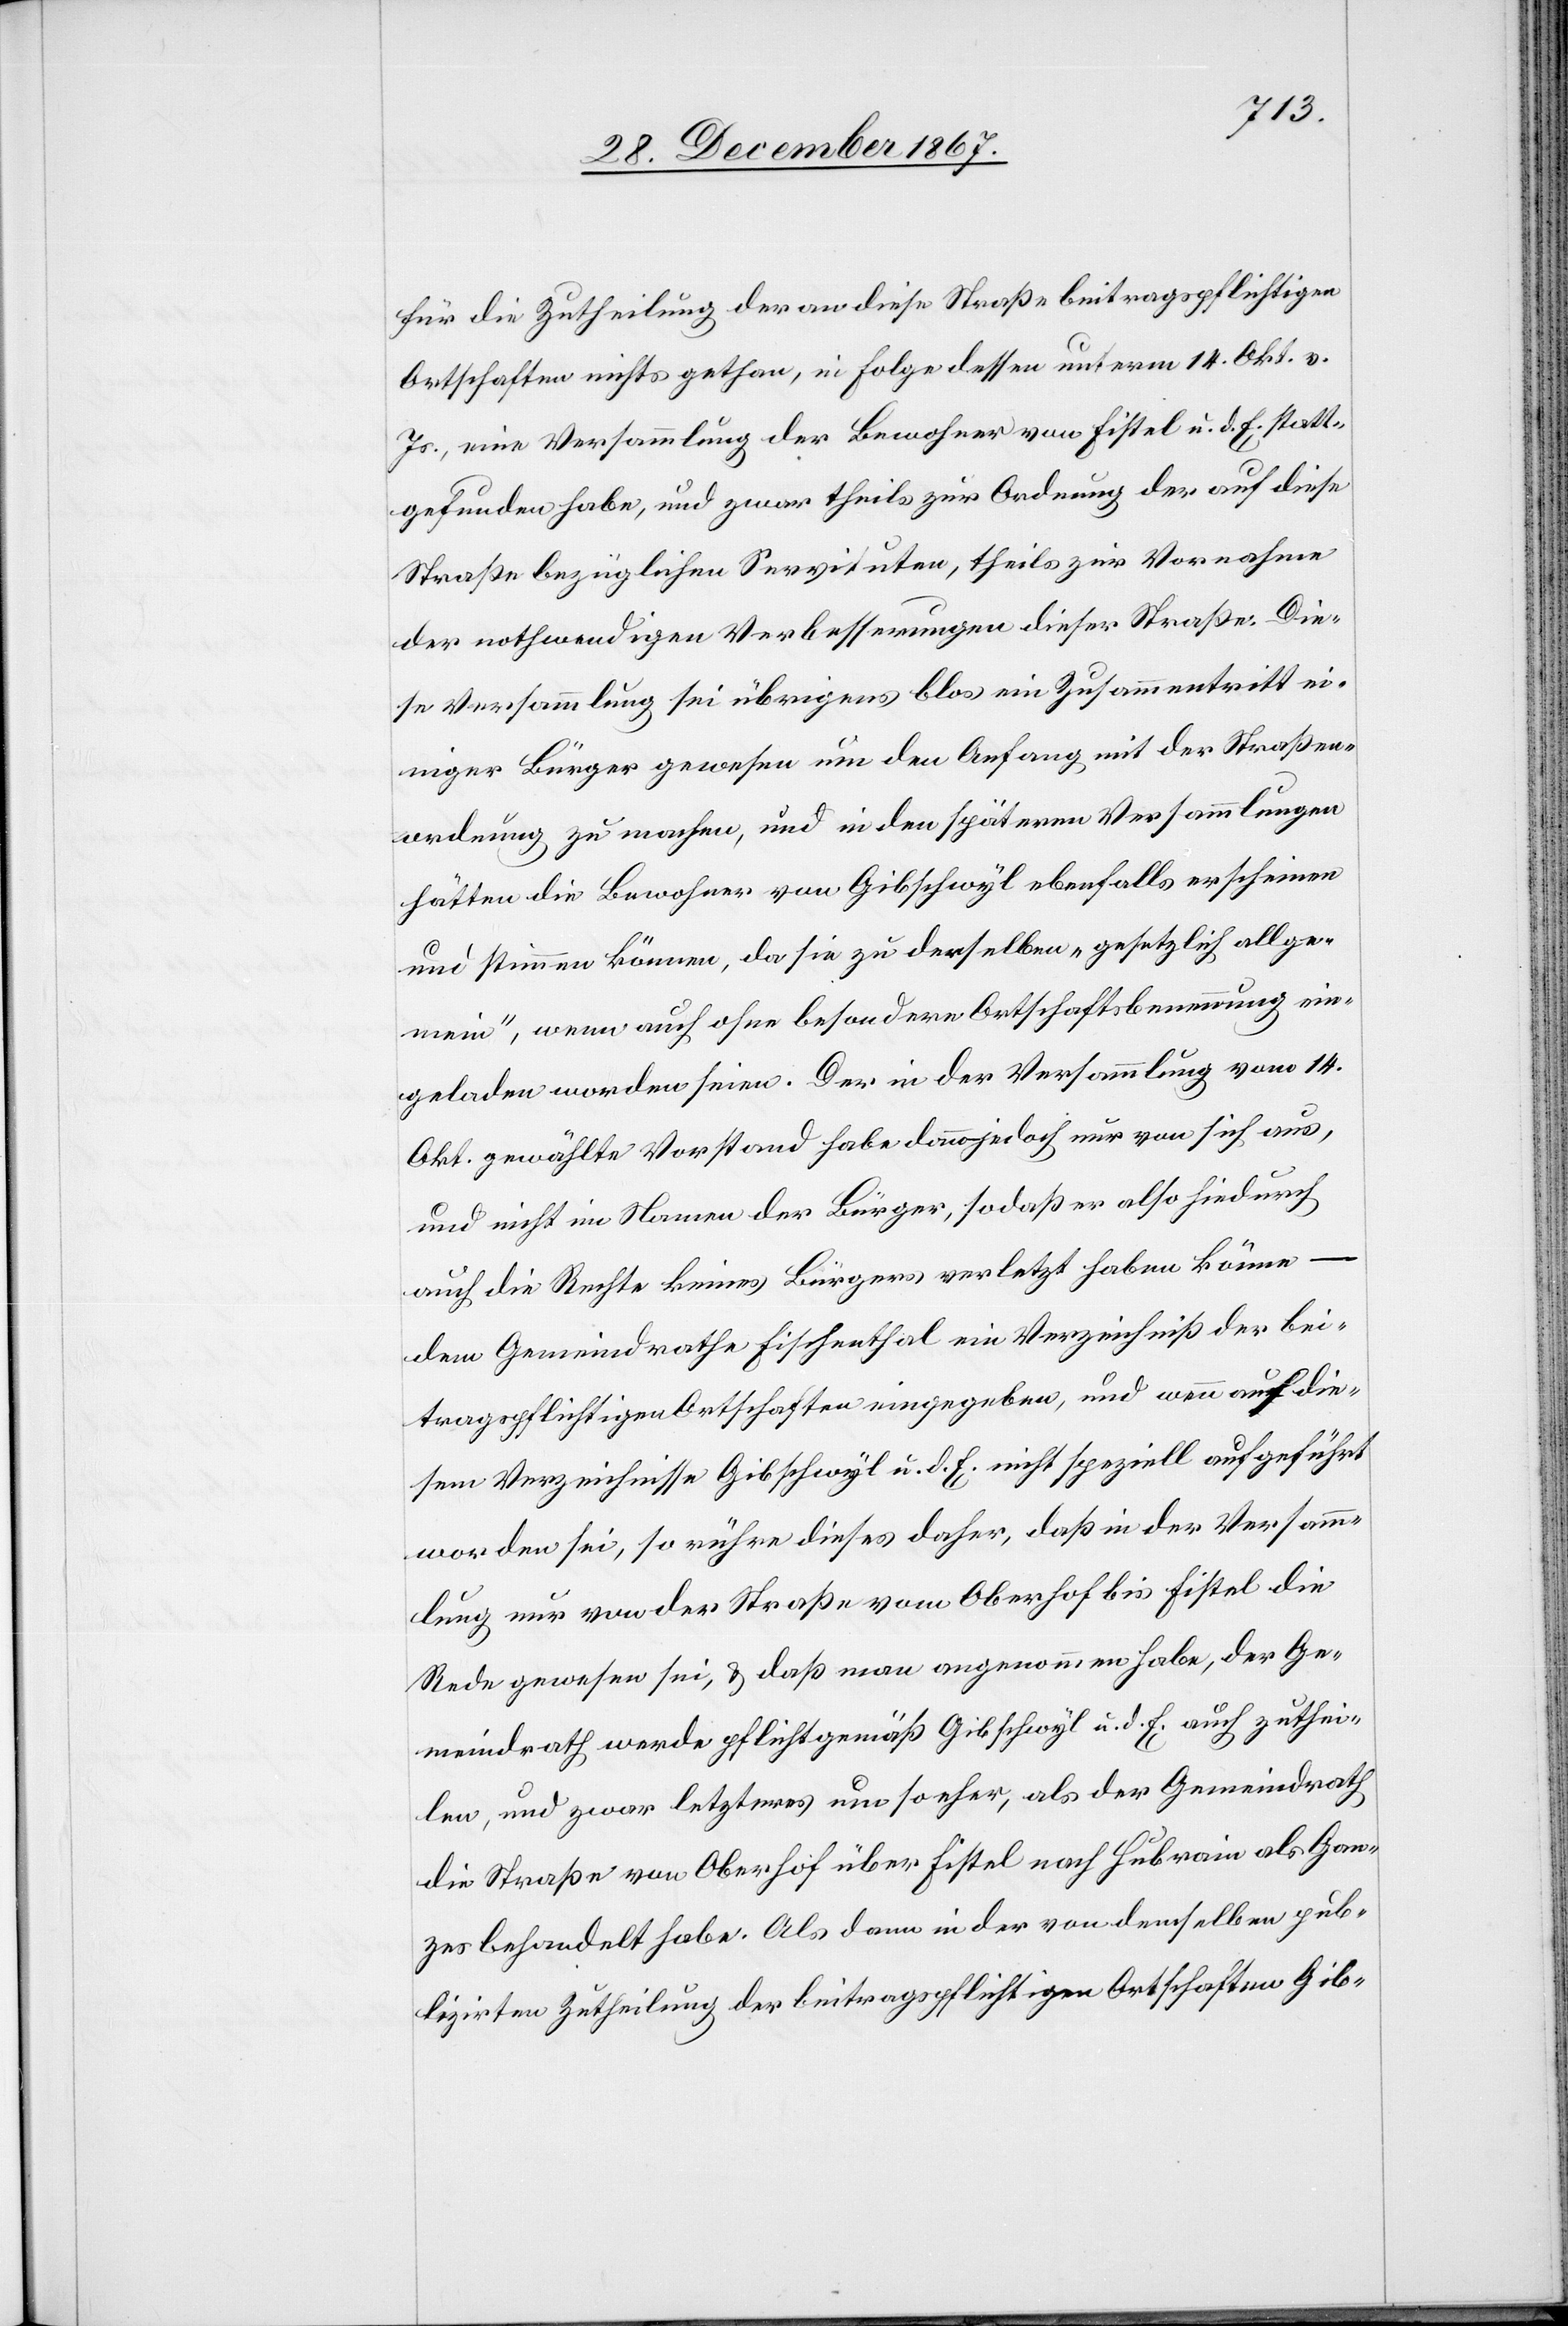
für die Zutheilung der an diese Straße beitragspflichtigen
Ortschaften nichts gethan, in Folge dessen unterm 14. Okt v.
Js., eine Versammlung der Bewohner von Fistel u. d. E. statt¬
gefunden habe, und zwar theilt zur Ordnung der auf diese
Straße bezüglichen Servituten, theils zur Vornahme
der nothwendigen Verbesserungen dieser Straße. Die¬
se Versammlung sei übrigens blos ein Zusammentritt ei¬
niger Bürger gewesen um den Anfang mit der Straßen¬
ordnung zu machen, und in den spätern Versammlungen
hätten die Bewohner von Gibschwyl ebenfalls erscheinen
und stimmen können, da sie zu derselben „gesetzlich allge¬
mein“, wenn auch ohne besondere Ortschaftsbenennung ein¬
geladen worden seien. Der in der Versammlung vom 14.
Okt. gewählte Vorstand habe dann jedoch nur von sich aus,
und nicht im Namen der Bürger, so daß er also hiedurch
auch die Rechte keines Bürgers verletzt haben könne –
dem Gemeindrathe Fischenthal ein Verzeichniß der bei¬
tragspflichtigen Ortschaften eingegeben, und wenn auf die¬
sen Verzeichnisse Gibschwyl u. d. E. nicht speziell aufgeführt
worden sei, so rühre dieses daher, daß in der Versamm¬
lung nur von der Straße von Oberhof bis Fistel die
Rede gewesen sei, u. daß man angenommen habe, der Ge¬
meindrath werde pflichtgemäß Gibschwyl u. d. E. auch zuthei¬
len, und zwar letzteres um so eher, als der Gemeindrath
die Straße von Oberhof über Fistel nach Hubrain als Gan¬
zes behandelte habe. Als dann in der von demselben pub¬
lizirten Zutheilung der beitragspflichtigen Ortschaften Gib-